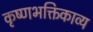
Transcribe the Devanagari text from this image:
कृष्णभक्तिकाव्य